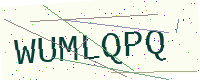
Text: WUMLQPQ